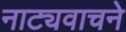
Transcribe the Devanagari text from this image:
नाट्यवाचने